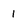
Character: 1